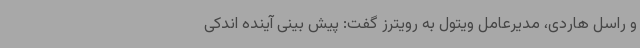
و راسل هاردی، مدیرعامل ویتول به رویترز گفت: پیش بینی آینده اندکی